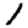
Digit: 1